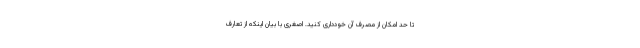
تا حد امکان از مصرف آن خودداری کنید. اصغری با بیان اینکه از تعارف